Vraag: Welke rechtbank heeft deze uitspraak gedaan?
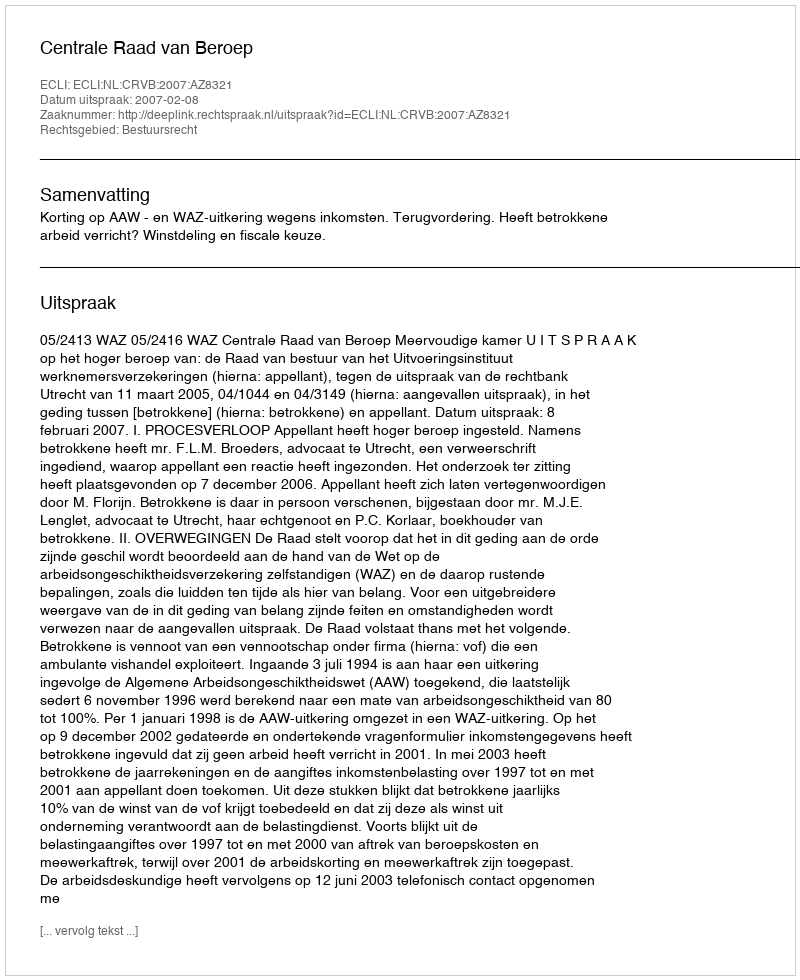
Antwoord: Centrale Raad van Beroep